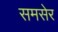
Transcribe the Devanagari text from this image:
समसेर